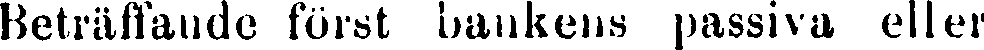
Beträffande först bankens passiva eller